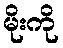
မိုးကို